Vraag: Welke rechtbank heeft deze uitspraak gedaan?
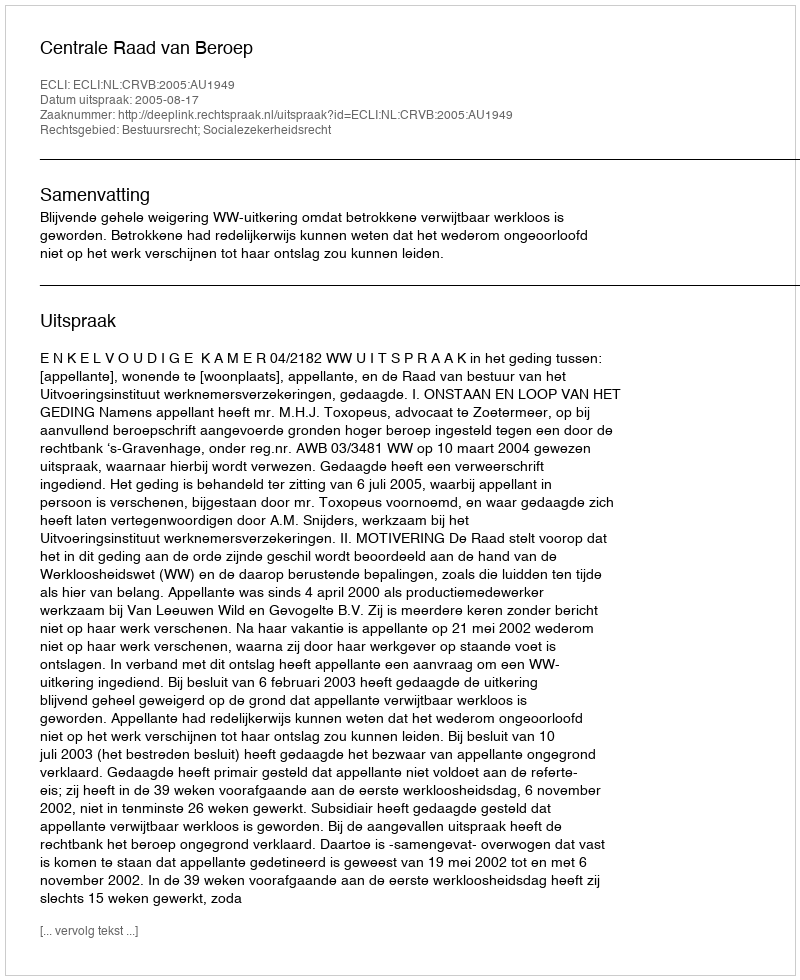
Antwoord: Centrale Raad van Beroep